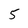
Character: 5